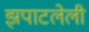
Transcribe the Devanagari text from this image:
झपाटलेली